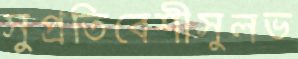
সুপ্রতিবেশীসুলভ